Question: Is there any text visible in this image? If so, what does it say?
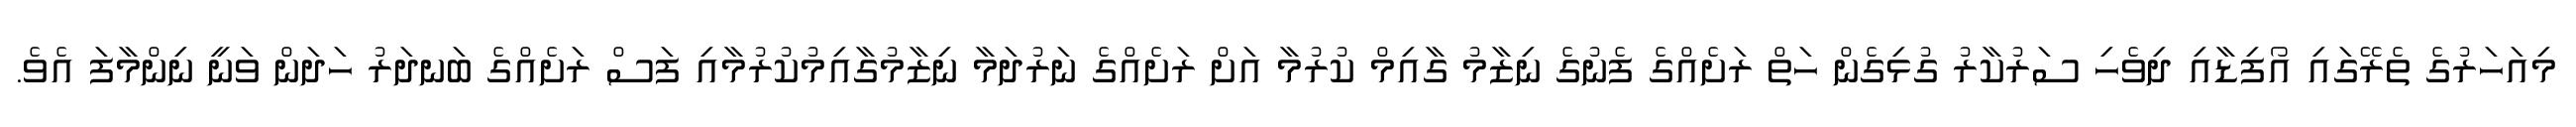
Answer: މިއަހަރުގެ ތެރޭގައި އޯފިޑާއި ދިވެހި ސަރުކާރު ގުޅިގެން ހަތް ރަށެއްގެ ފެނުގެ ނިޒާމު ގާއިމް ކުރުމާ އަށް ރަށެއްގެ ނަރުދަމާ ނިޒާމުގާއިމުކުރުމާއި ފަސް ރަށެއްގެ ބަނދަރު ހަދަން ވަނީ ނިންމާފަ އެވެ.